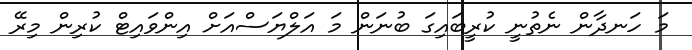
މަ ހަނދާން ނެތުނީ ކުރީބައިގަ ބުނަން މަ އަލްޔަސްއަށް އިންވައިޓް ކުރިން މިރޭ